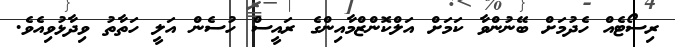
ރިސޯޓެއް ހެދުމަށް ބޭނުންވާ ކަމަށް އަލްކޮންޒްމާއިންގެ ރައީސް ހުސެން އަލީ ހަތާތު ވިދާޅުވިއެވެ.